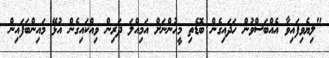
"ލިޔެވިފައިވާ އެއްބަސްވުން ހަދައިގެން ބޮޑެތި މީހުންނަށް އަމިއްލަ ދަރިން ވިއްކައިގެން އުޅޭ މައިންބަފައިން